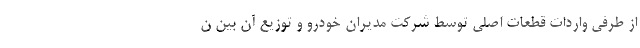
از طرفی واردات قطعات اصلی توسط شرکت مدیران خودرو و توزیع آن بین ن